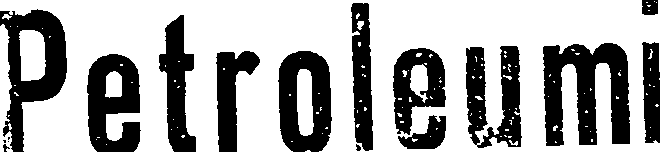
Petroleumi